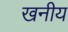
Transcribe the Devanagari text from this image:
खनीय